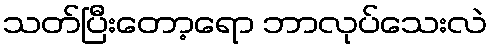
သတ်ပြီးတော့ရော ဘာလုပ်သေးလဲ